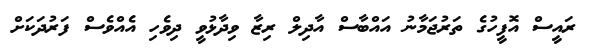
ރައީސް އޮފީހުގެ ތަރުޖަމާނު އައްބާސް އާދިލް ރިޒާ ވިދާޅުވީ ދިވެހި އެއްވެސް ފަރުދަކަށް